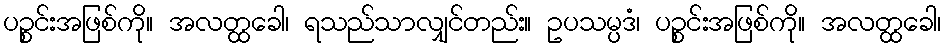
ပဉ္စင်းအဖြစ်ကို။ အလတ္ထခေါ၊ ရသည်သာလျှင်တည်း။ ဥပသမ္ပဒံ၊ ပဉ္စင်းအဖြစ်ကို။ အလတ္ထခေါ၊